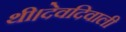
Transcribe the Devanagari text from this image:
थी।देवदिवाली